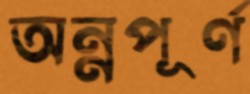
অন্নপূর্ণ